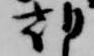
朝